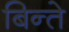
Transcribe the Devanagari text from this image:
बिन्ते